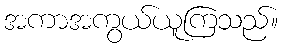
အကာအကွယ်ယူကြသည်။